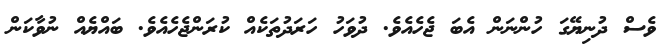
ވެސް ދުނިޔޭގަ ހުންނަން އެބަ ޖެހެއެވެ. ދުވަހު ހަރަދުތަކެއް ކުރަންޖެހެއެވެ. ބައްޔެއް ނުވާކަން